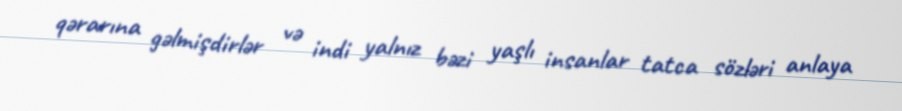
qərarına gəlmişdirlər və indi yalnız bəzi yaşlı insanlar tatca sözləri anlaya